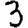
Digit: 3